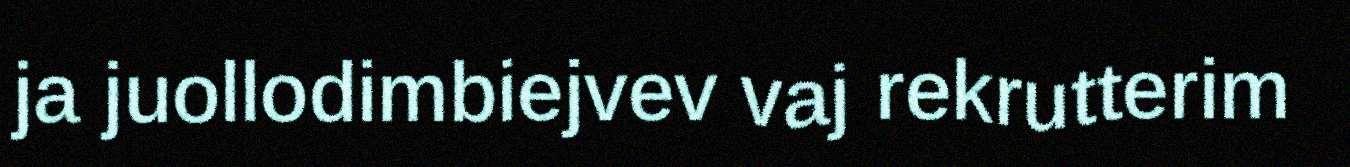
ja juollodimbiejvev vaj rekrutterim